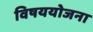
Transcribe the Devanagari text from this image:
विषययोजना